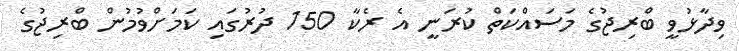
ވިދާޅުވީ ބްރިޖުގެ މަސައްކަތް ކުރަނީ އެ ރެކާ 150 ދުރުގައި ކަމަށްވުމުން ބްރިޖުގެ